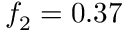
f _ { 2 } = 0 . 3 7